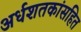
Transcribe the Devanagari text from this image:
अर्धशतकांसहित